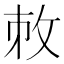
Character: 𢼋